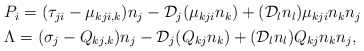
\begin{align*}\begin{aligned} & P_{i}=(\tau_{ji}-\mu_{kji,k})n_{j}-\mathcal{D}_{j}(\mu_{kji}n_{k})+(\mathcal{D}_{l}n_{l})\mu_{kji}n_{k}n_{j}\\ & \Lambda=(\sigma_{j}-Q_{kj,k})n_{j}-\mathcal{D}_{j}(Q_{kj}n_{k})+(\mathcal{D}_{l}n_{l})Q_{kj}n_{k}n_{j},\end{aligned}\end{align*}